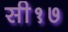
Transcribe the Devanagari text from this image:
सी१७